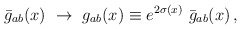
\begin{align*}\bar g_{ab}(x)\ \rightarrow\ g_{ab}(x) \equiv e^{2\sigma (x)}\ \bar g_{ab}(x)\,,\end{align*}